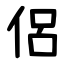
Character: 侶